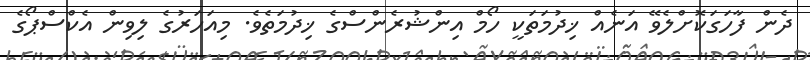
ދެން ފާހަގަކޮށްލެވޭ އަނެއް ޚިދުމަތަކީ ހޯމް އިންޝުރެންސްގެ ޚިދުމަތެވެ. މިއަހަރުގެ ލިވިން އެކްސްޕޯގެ